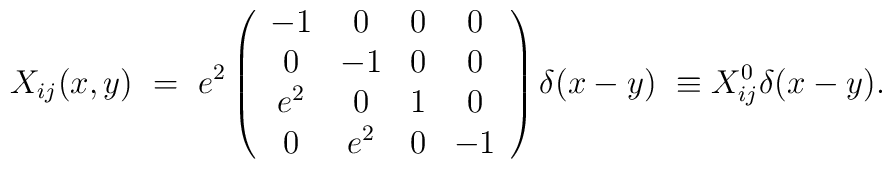
X_{ij} (x,y) ~=~                   e^2 \left( \begin{array}{cccc}                        -1      &    0     &    0   &    0    \\                        0       &  -1      &    0   &    0    \\                        e^2     &    0     &    1   &    0    \\                        0       &   e^2    &    0   &   -1                \end{array} \right)        \delta(x -y)~\equiv X^0_{ij} \delta(x -y) .